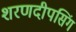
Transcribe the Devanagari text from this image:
शरणदीपसिंग